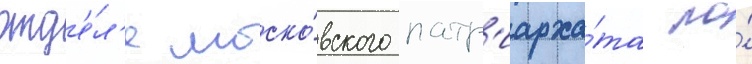
отд'е́л'е моско́вского патр'иарха́та по́